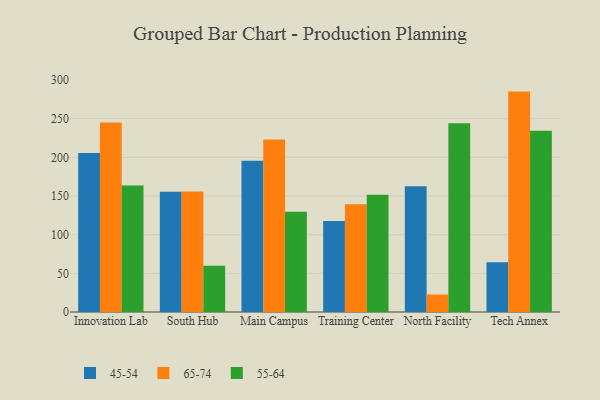
{"axis": {"x": "Campus", "y": "Demand Index"}, "legend": ["45-54", "55-64", "65-74"], "data": [{"x": "Innovation Lab", "y": 205.6, "type": "45-54"}, {"x": "Innovation Lab", "y": 245.2, "type": "65-74"}, {"x": "Innovation Lab", "y": 163.5, "type": "55-64"}, {"x": "South Hub", "y": 155.5, "type": "45-54"}, {"x": "South Hub", "y": 155.8, "type": "65-74"}, {"x": "South Hub", "y": 59.8, "type": "55-64"}, {"x": "Main Campus", "y": 195.8, "type": "45-54"}, {"x": "Main Campus", "y": 223.3, "type": "65-74"}, {"x": "Main Campus", "y": 129.8, "type": "55-64"}, {"x": "Training Center", "y": 117.7, "type": "45-54"}, {"x": "Training Center", "y": 139.5, "type": "65-74"}, {"x": "Training Center", "y": 151.6, "type": "55-64"}, {"x": "North Facility", "y": 162.7, "type": "45-54"}, {"x": "North Facility", "y": 22.6, "type": "65-74"}, {"x": "North Facility", "y": 244.1, "type": "55-64"}, {"x": "Tech Annex", "y": 64.4, "type": "45-54"}, {"x": "Tech Annex", "y": 285.1, "type": "65-74"}, {"x": "Tech Annex", "y": 234.4, "type": "55-64"}]}